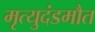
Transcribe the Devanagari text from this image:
मृत्युदंडमौत